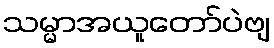
သမ္မာအယူတော်ပဲဗျ